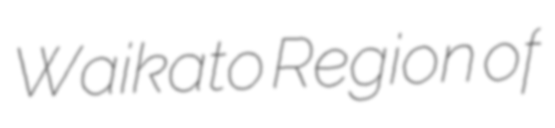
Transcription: Waikato Region of